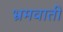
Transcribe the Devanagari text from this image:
भ्रमवाती